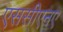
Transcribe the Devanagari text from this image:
एससीएनए